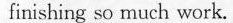
finishing so much work.